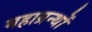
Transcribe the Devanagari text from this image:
महाग्रन्थों